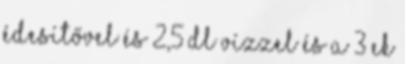
édesítővel és 2,5 dl vízzel és a 3 ek